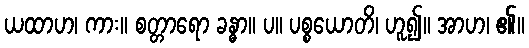
ယထာဟ၊ ကား။ စတ္တာရော ခန္ဓာ။ ပ။ ပစ္စယောတိ၊ ဟူ၍။ အာဟ၊ ၏။